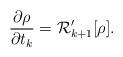
LaTeX: \begin{align*}{\partial \rho\over\partial t_k}={\cal R}^\prime_{k+1}[\rho].\end{align*}